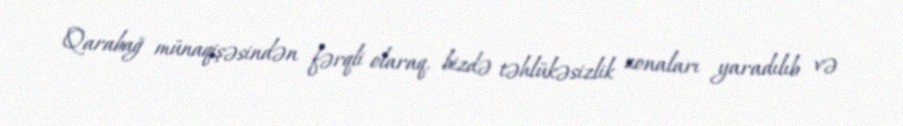
Qarabağ münaqişəsindən fərqli olaraq, bizdə təhlükəsizlik zonaları yaradılıb və